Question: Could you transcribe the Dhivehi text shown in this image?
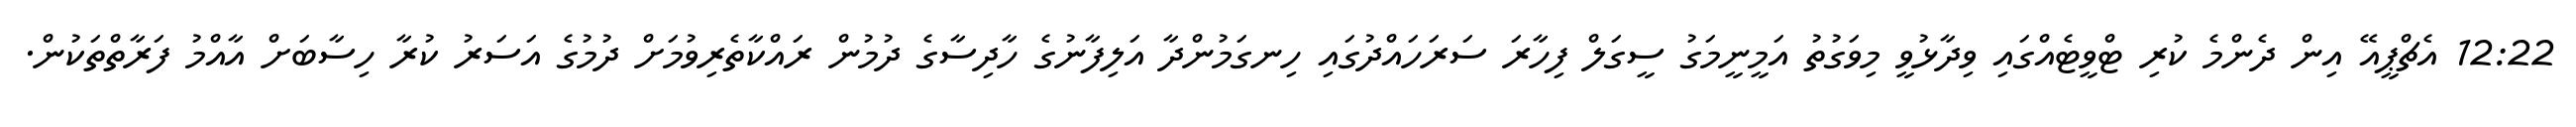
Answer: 12:22 އެޗްޕީއޭ އިން ދެންމެ ކުރި ޓްވީޓެއްގައި ވިދާޅުވީ މިވަގުތު އަމީނީމަގު ސީގަލް ފިހާރަ ސަރަހައްދުގައި ހިނގަމުންދާ އަލިފާނުގެ ހާދިސާގެ ދުމުން ރައްކާތެރިވުމަށް ދުމުގެ އަސަރު ކުރާ ހިސާބަށް އާއްމު ފަރާތްތަކުން.